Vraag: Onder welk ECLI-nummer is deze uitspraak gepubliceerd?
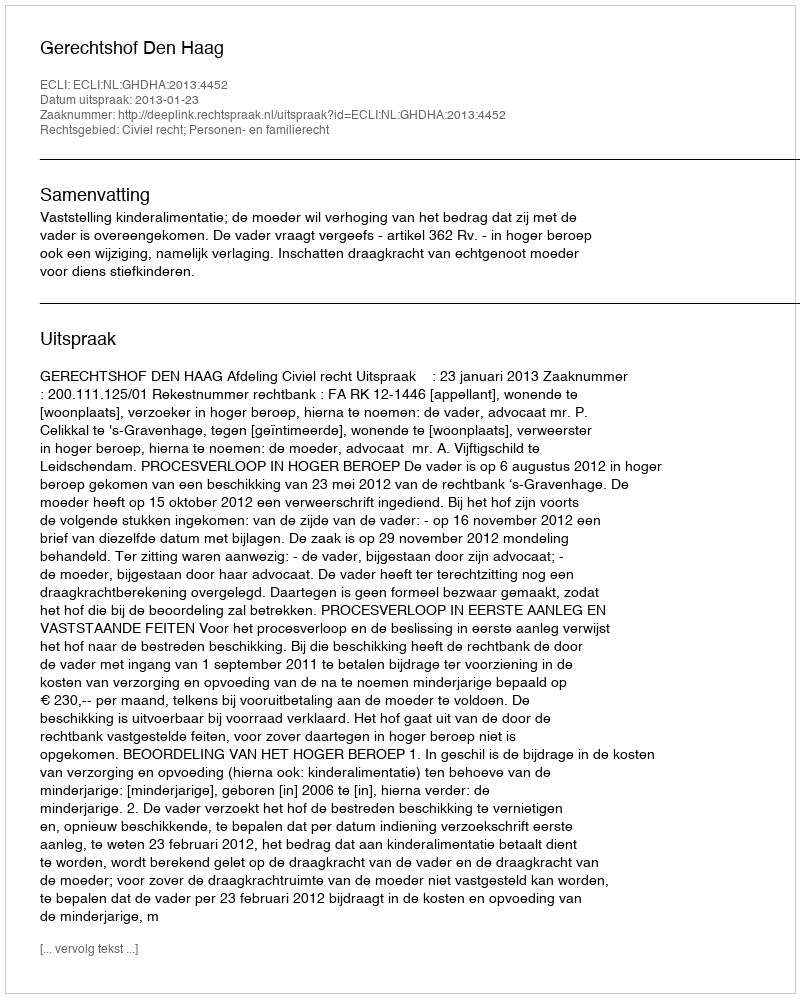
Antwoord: ECLI:NL:GHDHA:2013:4452